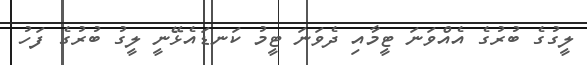
ލީގުގެ ބުރުގެ އެއްވަނަ ޓީމާއި ދެވަނަ ޓީމު ކަނޑައެޅޭނީ ލީގު ބުރުގެ ފަހު